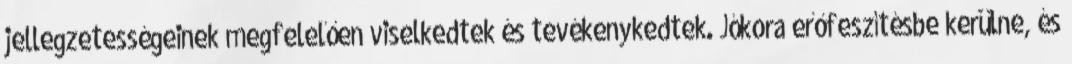
jellegzetességeinek megfelelően viselkedtek és tevékenykedtek. Jókora erőfeszítésbe kerülne, és